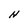
Character: H